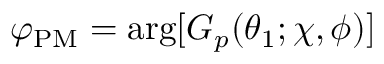
\varphi _ { \mathrm { P M } } = \arg [ G _ { p } ( \theta _ { 1 } ; \chi , \phi ) ]